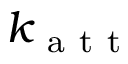
k _ { \mathrm { ~ a ~ t ~ t ~ } }